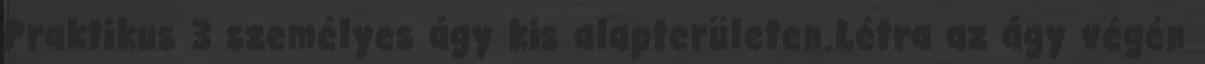
Praktikus 3 személyes ágy kis alapterületen.Létra az ágy végén